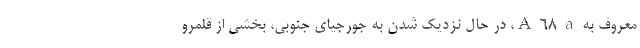
معروف به A ۶۸ a، در حال نزدیک شدن به جورجیای جنوبی، بخشی از قلمرو